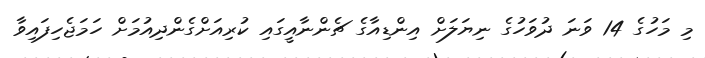
މި މަހުގެ 14 ވަނަ ދުވަހުގެ ނިޔަލަށް އިންޑިއާގެ ޗެންނާއީގައި ކުރިއަށްގެންދިއުމަށް ހަމަޖެހިފައިވާ